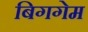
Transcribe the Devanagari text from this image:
बिगगेम